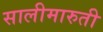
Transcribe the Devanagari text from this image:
सालीमारुती